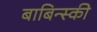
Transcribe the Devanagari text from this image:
बाबिन्स्की